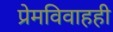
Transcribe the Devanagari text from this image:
प्रेमविवाहही